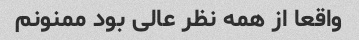
واقعا از همه نظر عالی بود ممنونم